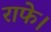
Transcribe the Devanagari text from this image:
राफे।